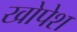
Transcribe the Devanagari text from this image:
खोपेश